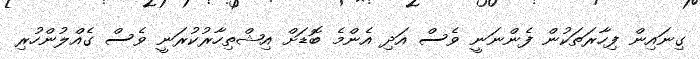
ގިނައިން ފިހާރަތަކުން ފެންނަނީ ވެސް އަދި އެންމެ ބޮޑަށް އިޝްތިހާރުކުރަނީ ވެސް ގެއްލުންހުރި